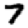
Digit: 7